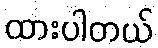
ထားပါတယ်